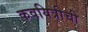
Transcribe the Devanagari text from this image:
कवयित्रीची